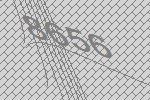
8656